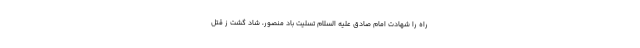
راه را شهادت امام صادق علیه السلام تسلیت باد منصور، شاد گشت ز قتل